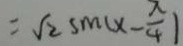
= \sqrt { 2 } \sin ( x - \frac { x } { 4 } )